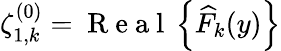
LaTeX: \zeta_{1,k}^{(0)}=\mathrm{~R~e~a~l~}\left\{ \widehat{F}_{k}(y)\right\}